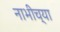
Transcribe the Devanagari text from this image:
नाभीच्या